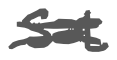
Text: sat
Cross-out: double-line
Writing tool: digital_gray